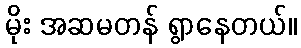
မိုး အဆမတန် ရွာနေတယ်။